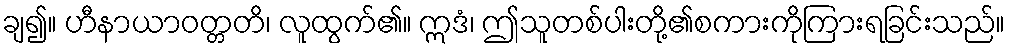
ချ၍။ ဟီနာယာဝတ္တတိ၊ လူထွက်၏။ ဣဒံ၊ ဤသူတစ်ပါးတို့၏စကားကိုကြားရခြင်းသည်။